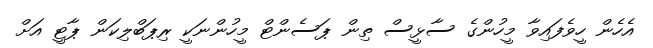
އެހެން ހީވެފައިވާ މީހުންގެ ސާޅީސް ތިން ޕަސެންޓް މީހުންނަކީ ރިޕަބްލިކަން ޕާޓީ އަށް